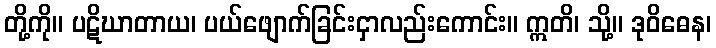
တို့ကို။ ပဋိဃာတာယ၊ ပယ်ဖျောက်ခြင်းငှာလည်းကောင်း။ ဣတိ၊ သို့။ ဒုဝိဓေန၊